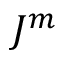
J ^ { m }